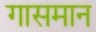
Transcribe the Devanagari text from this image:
गासमान